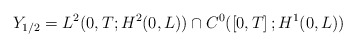
\begin{align*}Y_{1/2}=L^{2}( 0,T;H^{2}( 0,L) ) \cap C^{0}(\left[ 0,T\right] ;H^{1}( 0,L) ) \end{align*}